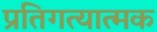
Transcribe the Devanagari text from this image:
प्रतिगत्यात्मक